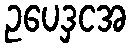
ဥပေဒှငအ